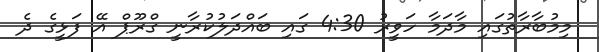
މިމުބާރާތުގައި މާދަމާ ހަވީރު 4:30 ގައި ބައްދަލުކުރާނީ ގްރޫޕް އޭ ފަޅީގެ ދެ